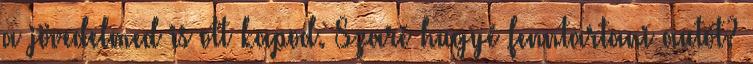
a jövedelmed is ott kapod. Szaré hugyé fenntartani autót?